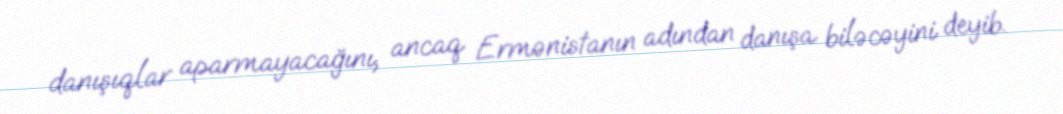
danışıqlar aparmayacağını, ancaq Ermənistanın adından danışa biləcəyini deyib.